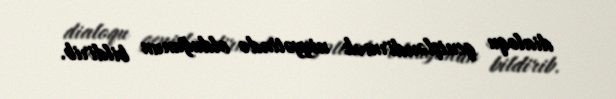
dialoqu genişləndirmək niyyətində olduğunun bildirib.